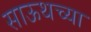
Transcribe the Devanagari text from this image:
साऊथच्या